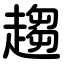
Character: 趨